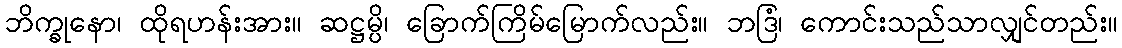
ဘိက္ခုနော၊ ထိုရဟန်းအား။ ဆဋ္ဌမ္ပိ၊ ခြောက်ကြိမ်မြောက်လည်း။ ဘဒြံ၊ ကောင်းသည်သာလျှင်တည်း။